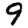
Digit: 9